Medical and sanitary report on the native army of Bombay for the year
Year: 1877
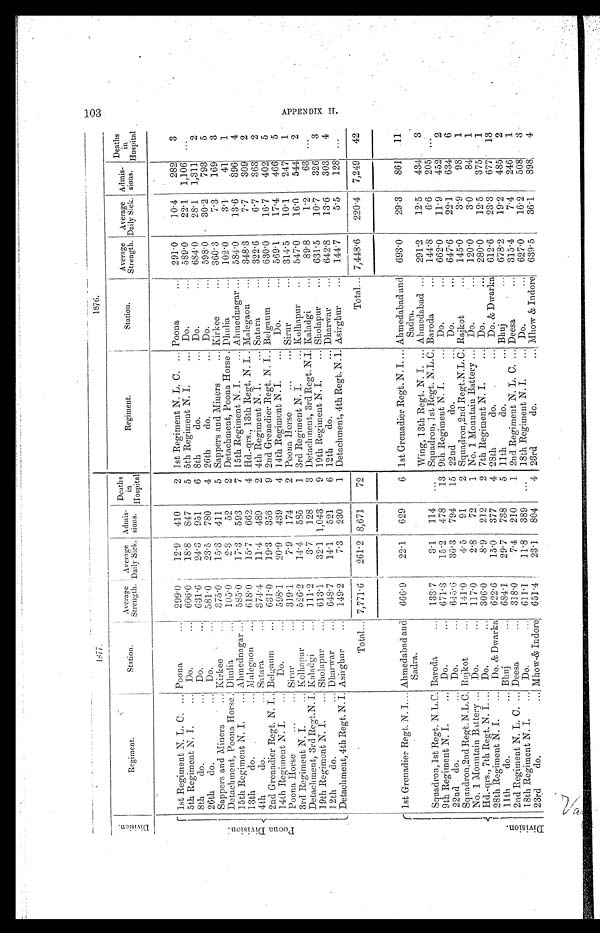
2 1877.
1876.
D i v i s i o n .
Regiment
Station.
A v e r a g e
Strength.
A v e r a g e
Daily Sick.
Admis-
sions.
D e a t h s
i n
Hospital
R e g i m e n t .
Station.
Average
Strength.
Average
Daily Sick.
Admis-
sions.
Deaths
in
Hospital
P o o n a D i v i s i o n .
1st Regiment N. L. C. . . . Poona . . .
299.0
12.9
410
2
1st Regiment N. L. C. . . . Poona . . .
291.0
10.4
282
3
5th Regiment N. I. . . .
Do. . . .
606.0
18.8
847
5
5th Regiment N. I. . . .
Do. . . .
589.0
22.1
1,106
. . .
8th do. . . .
Do. . . .
631.6
24.3
951
6
8th do. . . . Do. . . .
684.0
28.1
1,311
2
26th do. . . .
Do. . . .
581.0
23.5
780
4
26th do. . . . Do. . . .
598.0
30.2
793
5
Sappers and Miners . . . Kirkee . . .
360.3
7.3
169
3
Sappers and Miners . . . K i r k e e . . .
375.0
15.3
411
5
Detachment, Poona Horse. . . . Dhulia . . .
105.0
2.3
52
2
Detachment, Poona Horse . . . . Dhulia . . .
102.0
3.1
41
1
15th Regiment N. I. . . . Ahmednagar . . .
585.0
17.3
593
7
15th Regiment N. I. . . . Ahmednagar . . .
584.0
13.6
396
do. . . . Malegaon . . .
618.0
15.7
662
4 Hd.-qrs., 13th Regt. N. I. . . . Malegaon . . .
348.3
7.7
309
2
4th do. . . . Satara . . .
374.4
11.4
489
2
4th Regiment N. I. . . .
Satara . . .
322.6
6.7
363
2
2nd Grenadier Regt. N. I. . . . Belgaum . . .
631.0
19.3
356
9
2nd Grenadier Regt. N. I. . . . Belgaum . . .
630.0
16.7
402
5
14th Regiment N. I. . . .
Do. . . .
598.1
20.9
439
4
14th Regiment N. I.
. . .
Do. . . .
569.1
17.4
466
5
Poona Horse . . . Sirur . . .
319.1
7.9
174
2
Poona Horse . . . Sirur . . .
314.5
10.1
247
1
3rd Regiment N. I. . . . Kolhapur . . .
526.2
14.4
585
1
3rd Regiment N. I.
. . . Kolhapur
547.0
16.0
544
2
Detachment, 3rd Regt.N. I. Kaladgi . . .
111.2
3.7
128
3
Detachment, 3rd Regt. N.I. Kaladgi . . .
89.8
1.2
63
. . .
19th Regiment N. I. . . . Sholapur . . .
613.1
32.1
1,043
9
19th Regiment N. I. . . . Sholapur . . .
631.5
10.7
326
3
12th do. . .. Dharwar . . .
642.8
13.6
303
4
12th do. . . . Dharwar . . .
648.7
14.1
521
6
Detachment, 4th Regt. N. I. Asirghur . . .
149.2
7.3
230
1
Detachment, 4th Regt. N. I. Asirghur . . .
144.7
5.5
128
. . .
Total... 7,771.6
261.2 8,671
72
Total . . . 7,448.6
220.4
7,249
42
D i v i s i o n .
1st Grenadier Regt. N. I. .. Ahmedabad and
Sadra.
666.9
22.1
629
6
1st Grenadier Regt. N. I. . .
Regt.
Ahmedabad and
Sadra.
693.0
29.3
861
11
Squadron, lst Regt. N.L.C. Baroda . . .
133.7
3.1
114
. . .
Wing, 13th Regt. N. I. . . . Ahmedabad . . .
291.2
12.5
434
3
Squadron, 1st Regt. N.L.C. Baroda . . .
144.8
6.6
205
. . .
9th Regiment N. I. . . .
Do. . . .
671.3
15.2
478
13
9th Regiment N. I. . . .
Do. . . .
662.0
11.9
452
2
22nd do. . . .
Do. . . .
645.6
36.3
794
15
22nd do. . . .
Do. . . .
647.6
22.1
634
6
Squadron, 2nd Regt. N.L.C. Rajkot . . .
141.0
4.5
91
2
Squadron, 2nd Regt.N.L.C. Rajkot . . .
145.0
3.9
98
1
No. 1 Mountain Battery . . .
Do. . . .
117.0
2.8
72
1
No. 1 Mountain Battery . . .
Do. . . .
120.0
3.0
84
1
Hd.-qrs., 7th Regt. N. I. . . .
Do. . . .
306.0
8.9
212
2
7th Regiment N. I. . . .
Do. . . .
280.0
12.5
375
1
28th Regiment N. I. . . .
Do. &Dwarka
622.6
15.0
377
4 28th do. . . .
Do. &Dwarka
612.6
23.3
677
13
11th do. . . . Bhuj . . .
684.1
29.7
738
5
11th do. . . . Bhuj . . .
678.2
19.2
485
2
2nd Regiment N. L. C. . . . Deesa . . .
318.0
7.4
210
1
2nd Regiment N. L. C. . . . Deesa . . .
315.4
7.4
246
1
18th Regiment N. T. . . . Do. . . .
611.1
11.8
389
. . .
18th Regiment N.J. . . . Do. . . .
627.0
16.2
508
3
23rd do. . . . Mhow & Indore . . .
651.4
23.1
804
4
23rd do. . . . Mhow & Indore
639.5
36.1
898
4